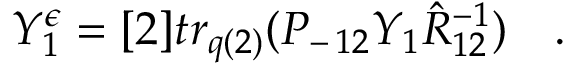
Y _ { 1 } ^ { \epsilon } = [ 2 ] t r _ { q ( 2 ) } ( P _ { - \, 1 2 } Y _ { 1 } \hat { R } _ { 1 2 } ^ { - 1 } ) \quad .